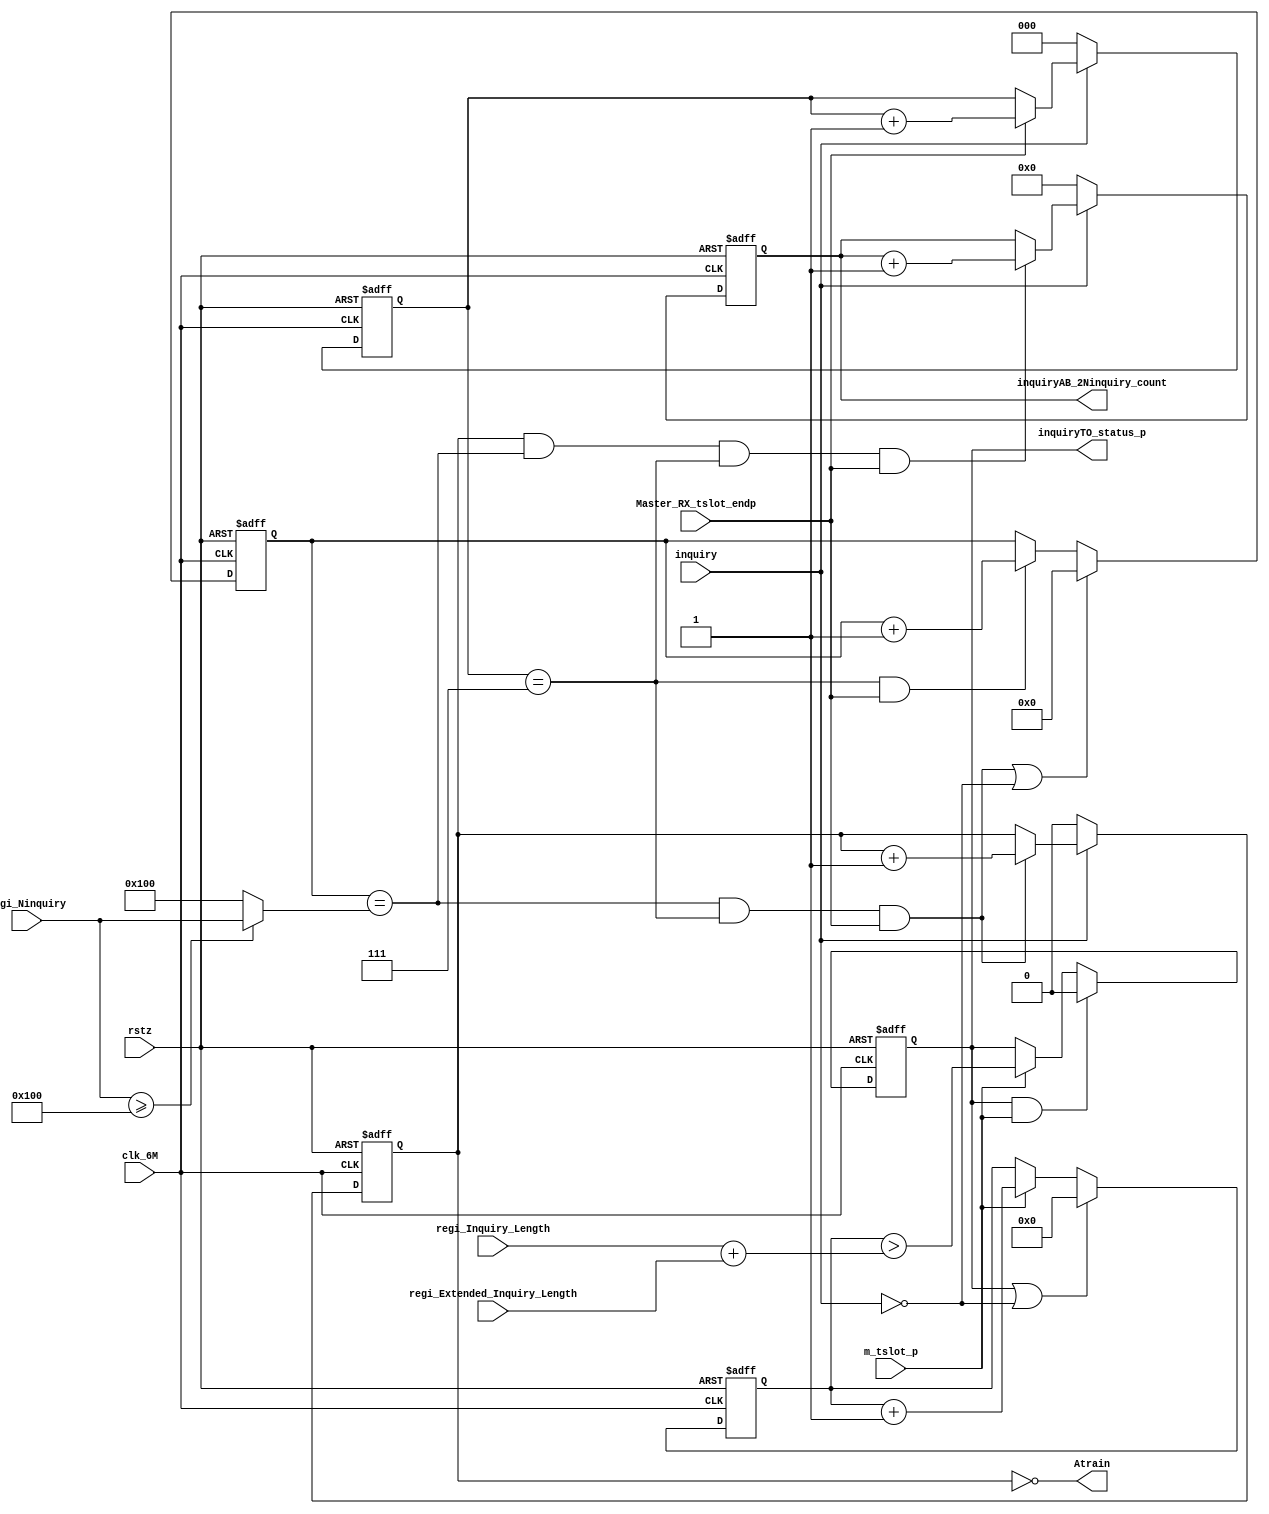
module inquiry_ctrl(
clk_6M, rstz,
inquiry,  Master_RX_tslot_endp, m_tslot_p,
regi_Ninquiry,
regi_Inquiry_Length, regi_Extended_Inquiry_Length,
//
inquiryAB_2Ninquiry_count,
inquiryTO_status_p,
Atrain
);

input clk_6M, rstz;
input inquiry,  Master_RX_tslot_endp, m_tslot_p;
input [9:0] regi_Ninquiry;
input [15:0] regi_Inquiry_Length, regi_Extended_Inquiry_Length;
//
output [3:0] inquiryAB_2Ninquiry_count;
output inquiryTO_status_p;
output Atrain;

//
wire [9:0] Ninquiry = regi_Ninquiry >= 10'd256 ? regi_Ninquiry : 10'd256;


//
reg [2:0] p_count;
always @(posedge clk_6M or negedge rstz)
begin
  if (!rstz)
     p_count <= 0;
  else if (!inquiry)
     p_count <= 0;
  else if (Master_RX_tslot_endp)
     p_count <= p_count + 1'b1 ;
end

reg [9:0] train_count;
always @(posedge clk_6M or negedge rstz)
begin
  if (!rstz)
     train_count <= 0;
  else if ((train_count==Ninquiry & p_count==3'd7 & Master_RX_tslot_endp) | !inquiry)
     train_count <= 0;
  else if (p_count==3'd7 & Master_RX_tslot_endp)
     train_count <= train_count + 1'b1 ;
end

reg AB_count;
always @(posedge clk_6M or negedge rstz)
begin
  if (!rstz)
     AB_count <= 0;
  else if (!inquiry)
     AB_count <= 0;
  else if (train_count==Ninquiry & p_count==3'd7 & Master_RX_tslot_endp)
     AB_count <= AB_count + 1'b1 ;
end

assign Atrain = !AB_count;

reg [3:0] inquiryAB_2Ninquiry_count;
always @(posedge clk_6M or negedge rstz)
begin
  if (!rstz)
     inquiryAB_2Ninquiry_count <= 0;
  else if (!inquiry)
     inquiryAB_2Ninquiry_count <= 0;
  else if (AB_count==1'b1 & train_count==Ninquiry & p_count==3'd7 & Master_RX_tslot_endp)
     inquiryAB_2Ninquiry_count <= inquiryAB_2Ninquiry_count + 1'b1 ;
end

//
reg inquiryTO_status_p;
reg [15:0] inquirytimeout_count;
always @(posedge clk_6M or negedge rstz)
begin
  if (!rstz)
     inquirytimeout_count <= 0;
  else if (inquiryTO_status_p | !inquiry)
     inquirytimeout_count <= 0;
  else if (m_tslot_p)
     inquirytimeout_count <= inquirytimeout_count + 1'b1 ;
end

wire [15:0] inquiry_len = regi_Inquiry_Length + regi_Extended_Inquiry_Length;
always @(posedge clk_6M or negedge rstz)
begin
  if (!rstz)
     inquiryTO_status_p <= 0;
  else if (inquiryTO_status_p & m_tslot_p)
     inquiryTO_status_p <= 0;
  else if (m_tslot_p)
     inquiryTO_status_p <= (inquirytimeout_count > inquiry_len) ;
end

//




endmodule